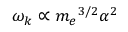
\omega _ { k } \propto { m _ { e } } ^ { 3 / 2 } \alpha ^ { 2 }